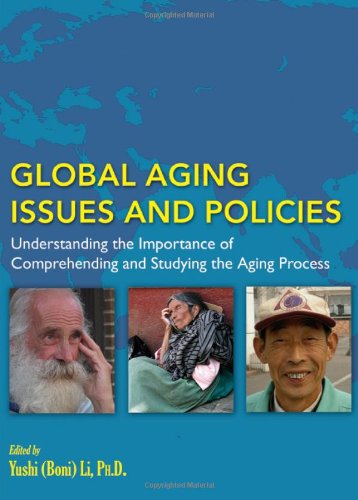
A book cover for Global Aging Issues and Policies: Understanding the Importance of Comprehending and Studying the Aging Process; Yushi (Boni) Li; Law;